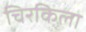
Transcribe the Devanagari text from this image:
चिरकिला